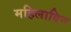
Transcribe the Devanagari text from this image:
महिलादिन